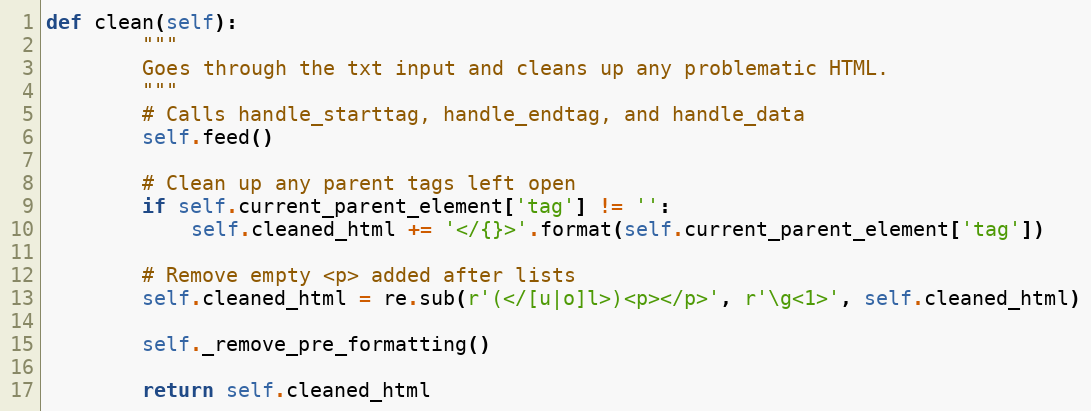
Language: Python
def clean(self):
        """
        Goes through the txt input and cleans up any problematic HTML.
        """
        # Calls handle_starttag, handle_endtag, and handle_data
        self.feed()

        # Clean up any parent tags left open
        if self.current_parent_element['tag'] != '':
            self.cleaned_html += '</{}>'.format(self.current_parent_element['tag'])

        # Remove empty <p> added after lists
        self.cleaned_html = re.sub(r'(</[u|o]l>)<p></p>', r'\g<1>', self.cleaned_html)

        self._remove_pre_formatting()

        return self.cleaned_html